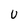
Character: U